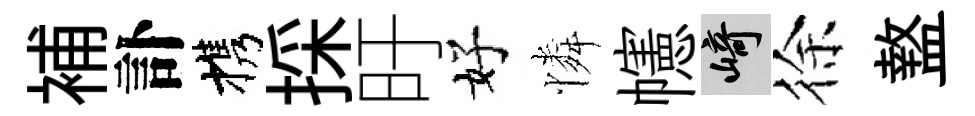
補訃携採旴好憐幰崎徐盩